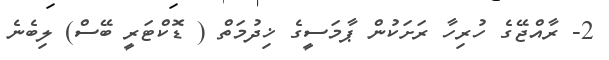
2- ރާއްޖޭގެ ހުރިހާ ރަށަކުން ޕާމަސީގެ ޚިދުމަތް ( ޑޮކްޓަރީ ބޭސް) ލިބެނެ